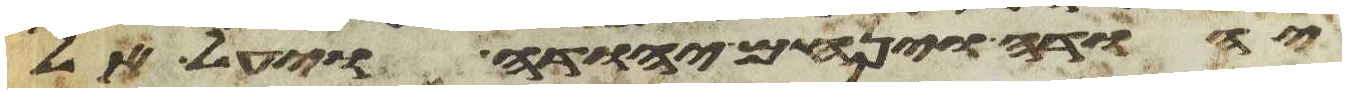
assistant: יהודה וינחם יהודה ויעל אל